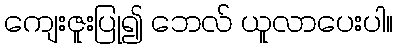
ကျေးဇူးပြု၍ ဘေလ် ယူလာပေးပါ။